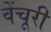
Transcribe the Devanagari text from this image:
वेंचूरी